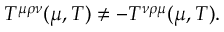
T ^ { \mu \rho \nu } ( \mu , T ) \not = - T ^ { \nu \rho \mu } ( \mu , T ) .